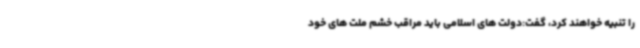
را تنبیه خواهند کرد، گفت:دولت های اسلامی باید مراقب خشم ملت های خود